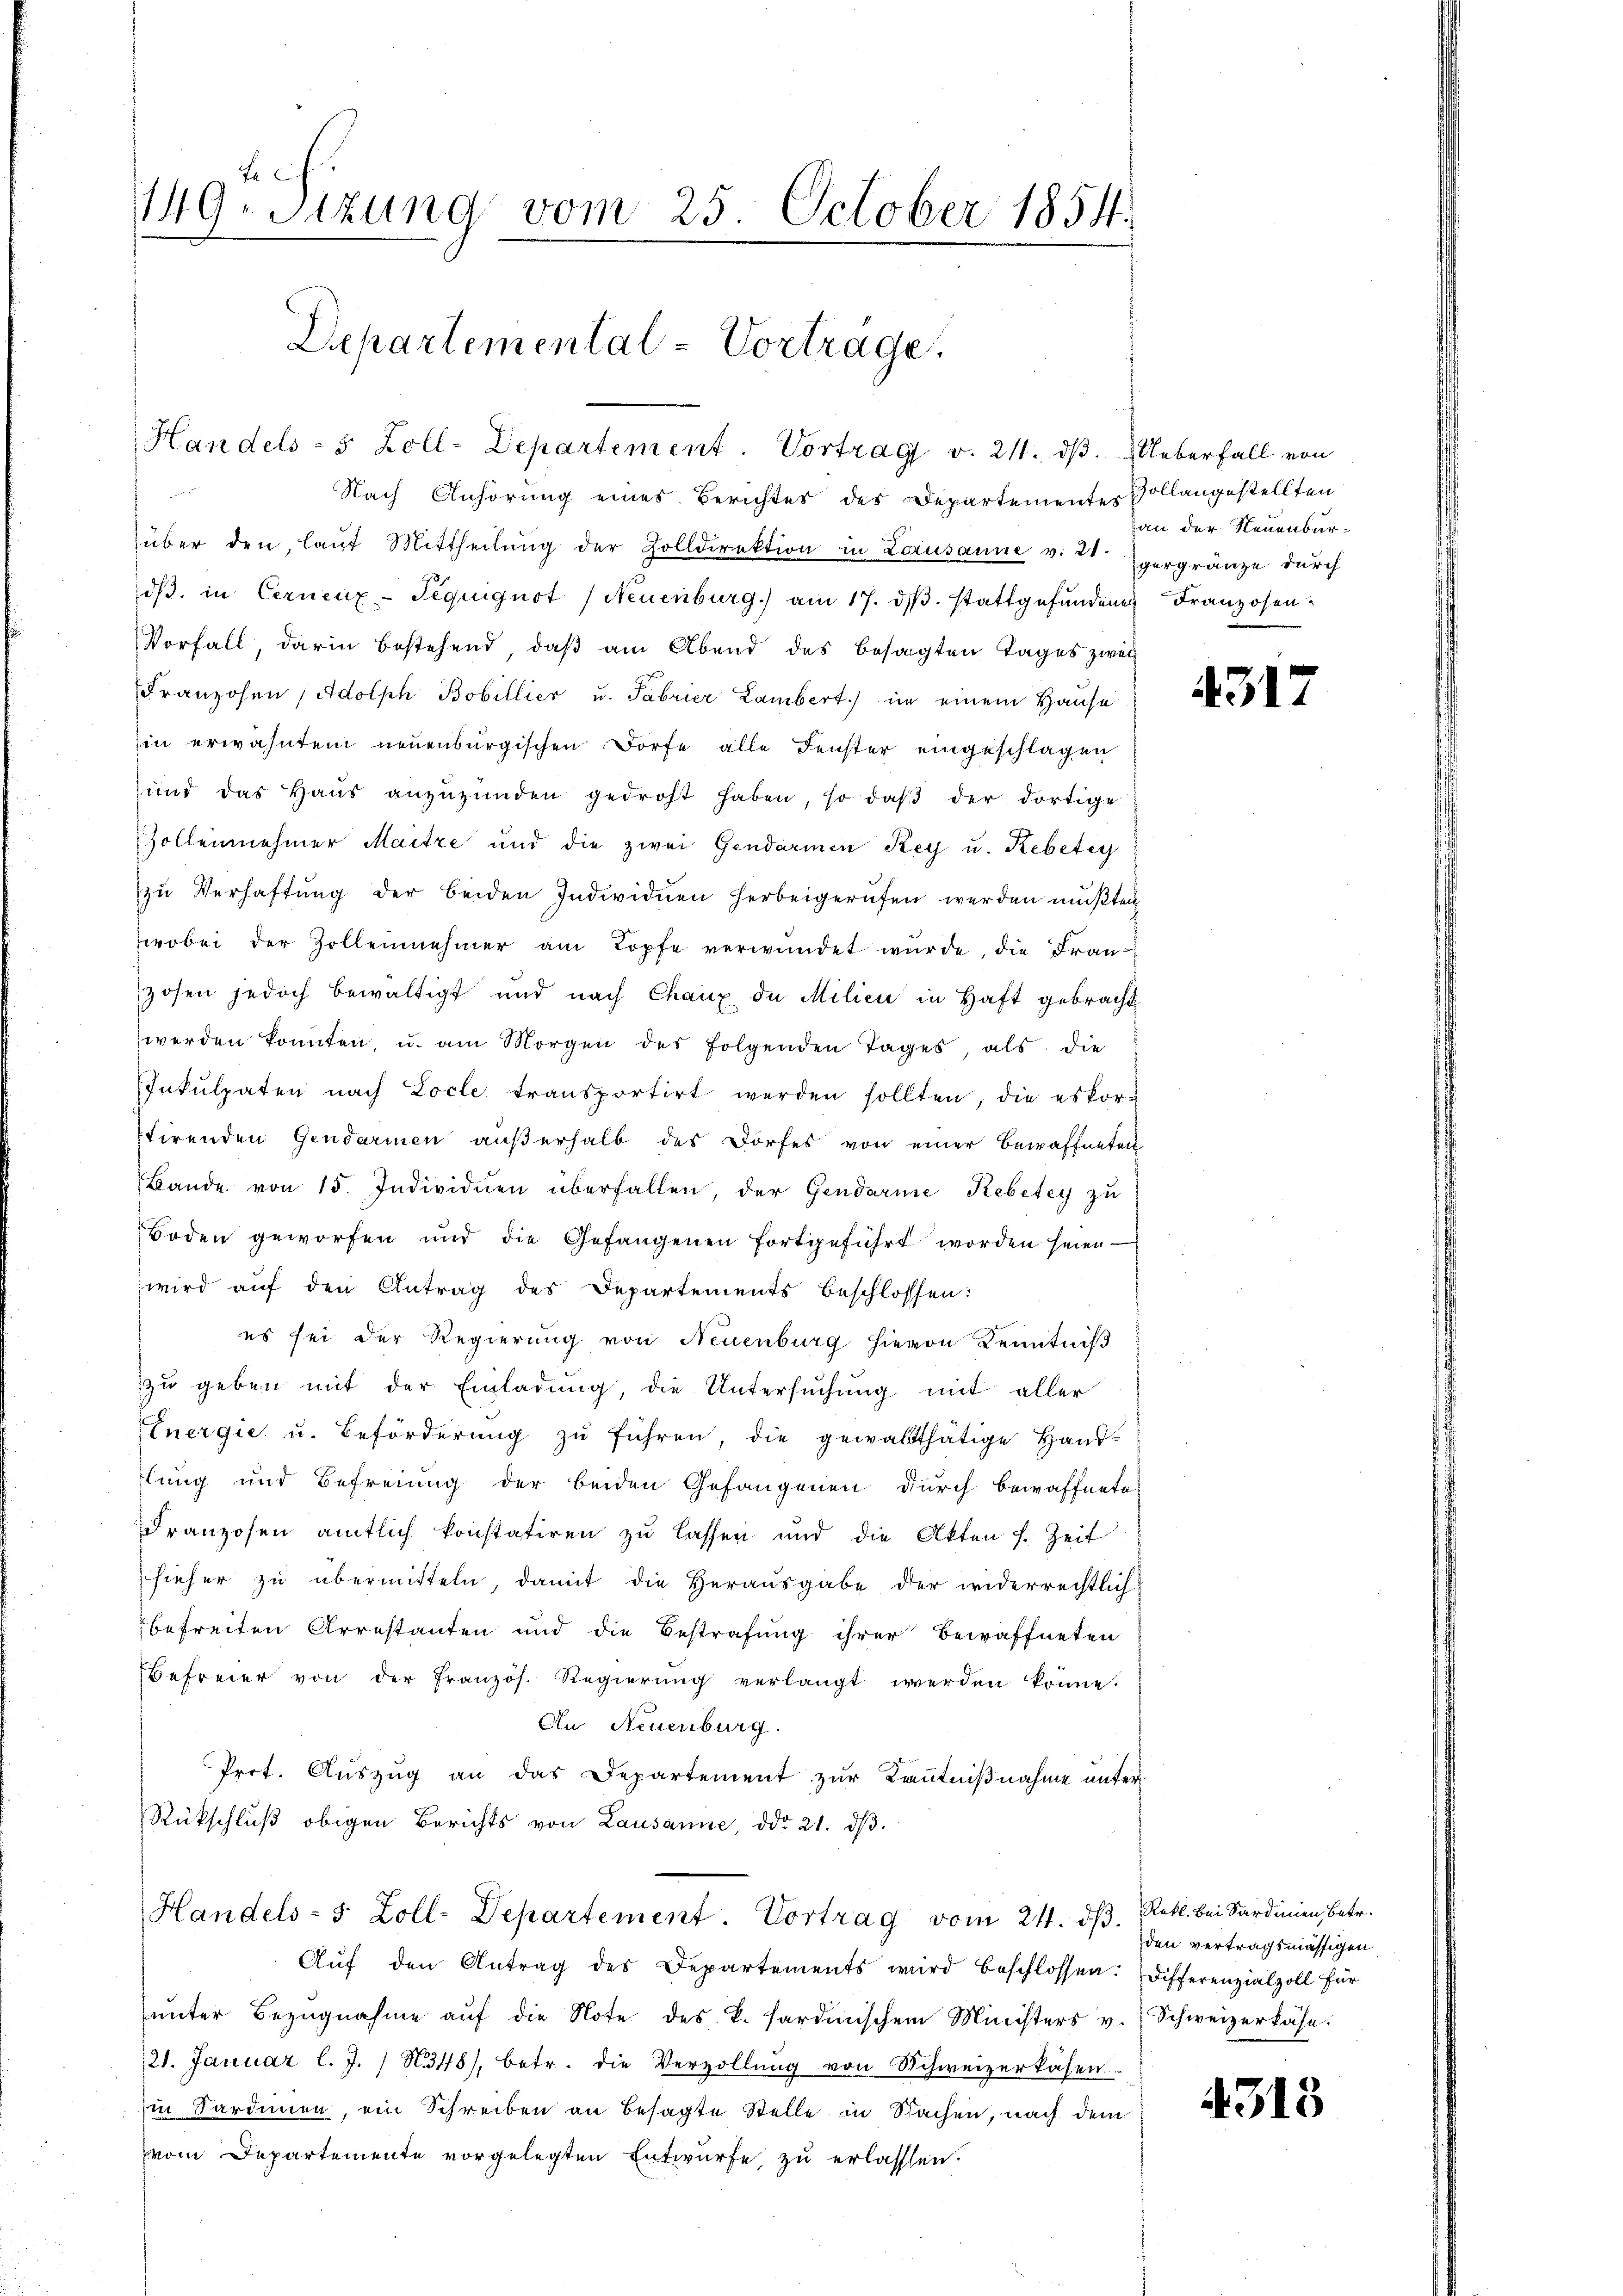
149. Sitzung vom 25. October 1854.
Departemental-Vortrage.
Handels- 5 Zoll-Departement. Vortrag v. 24. dß. Ueberfall von
 2 f

Nach Anhörung eines Berichtes des Departementes Vollangestellten
über den laŭt Mittheilŭng der Zolldirektion in Lausanne v. 21. vergränze dŭrch
dβ in Cernenz-Seguignot / Neuenburg) am 17. dβ. stattgefŭndenen Franzosen-
Vorfall, darin bestehend, daß am Abend des besagten Tages zwei
Franzosen (Adolph Bobillier u. Fabrier Lambert in einem Hause
in erwähntem neuenburgischen Dorfe alle Fenster eingeschlagen
und das Haŭs anzŭzŭnden gedroht haben, so daβ der dortige
Zollennehmer Maitre und die zwei Gendarmen Key u. Rebetey
zŭ Verhaftung der beiden Individuen herbeigerufen werden müßten
wobei der Zollennehmer am Kopfe verwundet wŭrde, die Frau
zosen jedoch bewaltigt und nach Chaux de Milien in Haft gebracht
werden konnten, u. am Morgen des folgenden Tages, als die
Inkulpaten nach Locle transportirt werden sollten, die es kor-
stirenden Gendarmen außerhalb des Dorfes von einer Bewaffneten
Bande von 15. Individuen überfallen, der Gendarme Kebetey zu
Boden geworfen und die Gefangenen fortgeführt worden seien —
wird auf den Antrag des Departements beschlossen:
es sei der Regierung von Neuenburg hievon Kenntniß
zu geben mit der Einladung, die Untersuchung mit aller
Energie u. Beförderŭng zŭ führen, die gewaltthätige Hand-
lung und Befreiung der beiden Gefangenen durch bewaffnete
dranzosen amtlich konstatiren zu lassen und die Akten s. Zeit
hieher zŭ übermitteln, damit die Herausgabe der widerrechtlich
befreiten Arrestanten und die Bestrafung ihrer Bewaffneten
Befreier von der Französ. Regierŭng verlangt werden könne.
An Neuenburg.
Prot. Auszug an das Departement zur Kenntnißnahme unter¬
Rückschluß obigen Berichts von Lausanne, ddo 21. dβ.
Handels- 5 Zoll-Departement. Vortrag vom 24. dß. Rebl. bei Sardinien betr.
Aŭf den Antrag des Departements wird beschlossen: Differenzialzoll für
ŭnter Bezŭgnahme aŭf die Note des k. Pardinischem Ministers v. Schweizerkäse:
121. Januar l. J. / N348), betr. die Verzollŭng von Schweizerkasen.
in Sardinien, ein Schreiben an besagte Stelle in Sachen, nach dem
vom Departemente vorgelegten Entwurfe, zu erlassen.

an der Neuenbur¬

4312

den vertragsmässigen

4318